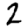
Digit: 2